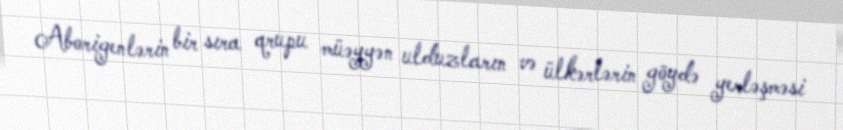
Aborigenlərin bir sıra qrupu müəyyən ulduzların və ülkərlərin göydə yerləşməsi